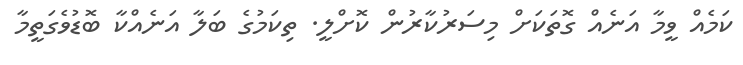
ކަމެއް ވީމާ އަނެއް ގޮތަކަށް މިސަރުކާރުން ކޮށްލީ. ތިކަމުގެ ބަލާ އަނެއްކާ ބޮޑުވެގަތީމާ